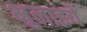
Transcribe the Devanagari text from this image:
भुलाइये